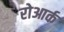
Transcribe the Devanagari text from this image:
रोआर्क